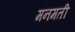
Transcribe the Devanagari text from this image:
मनमती